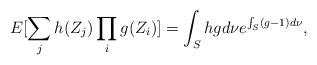
LaTeX: \begin{align*}E[\sum_jh(Z_j)\prod_ig(Z_i)]=\int_Shgd\nu e^{\int_S(g-1)d\nu},\end{align*}